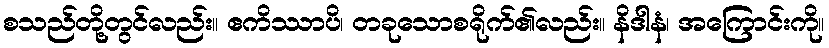
စသည်တို့တွင်လည်း။ ဧကိဿာပိ၊ တခုသောစရိုက်၏လည်း။ နိဒါနံ၊ အကြောင်းကို။